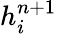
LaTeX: h_{i}^{n+1}